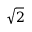
\sqrt { 2 }